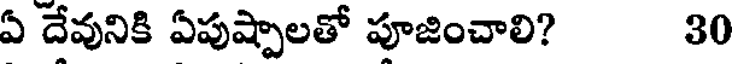
ఏ దేవునికి ఏపుష్పాలతో పూజించాలి? 30